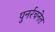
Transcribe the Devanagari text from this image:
पुनर्रचनेत